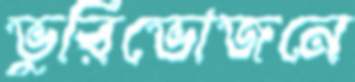
ভুরিভোজনে